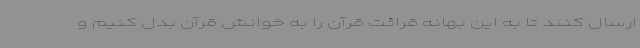
ارسال کنند تا به این بهانه قرائت قرآن را به خوانش قرآن بدل کنیم و